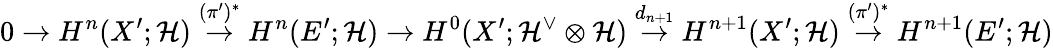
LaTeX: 0\to H^{n}(X^{\prime};\mathcal{H})\overset{(\pi^{\prime})^{*}}\to H^{n}(E^{\prime};\mathcal{H})\to H^{0}(X^{\prime};\mathcal{H}^{\vee}\otimes\mathcal{H})\overset{d_{n+1}}\to H^{n+1}(X^{\prime};\mathcal{H})\overset{(\pi^{\prime})^{*}}\to H^{n+1}(E^{\prime};\mathcal{H})